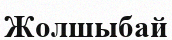
Жолшыбай